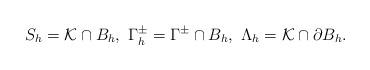
LaTeX: \begin{align*} S_{h}=\mathcal{K}\cap B_{h},\ \Gamma_{h}^{\pm}=\Gamma^{\pm}\cap B_{h},\ \Lambda_{h}=\mathcal{K}\cap \partial B_{h}. \end{align*}